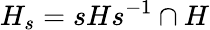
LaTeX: H_{s}=sHs^{-1}\cap H